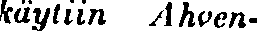
käytiin Ahven-